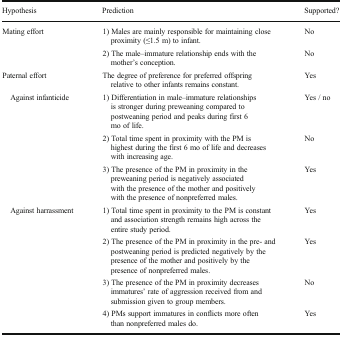
| Hypothesis | Prediction | Supported? |
 | --- | --- | --- |
 | <ROWSPAN=2> Mating effort | 1) Males are mainly responsible for maintaining close proximity (≤1.5 m) to infant. | No |
 | 2) The male–immature relationship ends with the mother’s conception. | No |
 | Paternal effort | The degree of preference for preferred offspring relative to other infants remains constant. | Yes |
 | <ROWSPAN=3> Against infanticide | 1) Differentiation in male–immature relationships is stronger during preweaning compared to postweaning period and peaks during first 6 mo of life. | Yes / no |
 | 2) Total time spent in proximity with the PM is highest during the first 6 mo of life and decreases with increasing age. | No |
 | 3) The presence of the PM in proximity in the preweaning period is negatively associated with the presence of the mother and positively with the presence of nonpreferred males. | Yes |
 | <ROWSPAN=4> Against harrassment | 1) Total time spent in proximity to the PM is constant and association strength remains high across the entire study period. | Yes |
 | 2) The presence of the PM in proximity in the pre- and postweaning period is predicted negatively by the presence of the mother and positively by the presence of nonpreferred males. | Yes |
 | 3) The presence of the PM in proximity decreases immatures’ rate of aggression received from and submission given to group members. | No |
 | 4) PMs support immatures in conflicts more often than nonpreferred males do. | Yes |